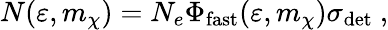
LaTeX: N(\varepsilon,m_{\chi})=N_{e}\Phi_{\mathrm{fast}}(\varepsilon,m_{\chi})\sigma_{\mathrm{det}}~,